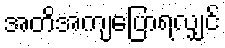
အတိအကျပြောရလျှင်